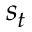
s _ { t }